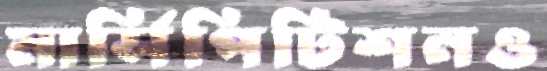
মার্সিপিটিশনও